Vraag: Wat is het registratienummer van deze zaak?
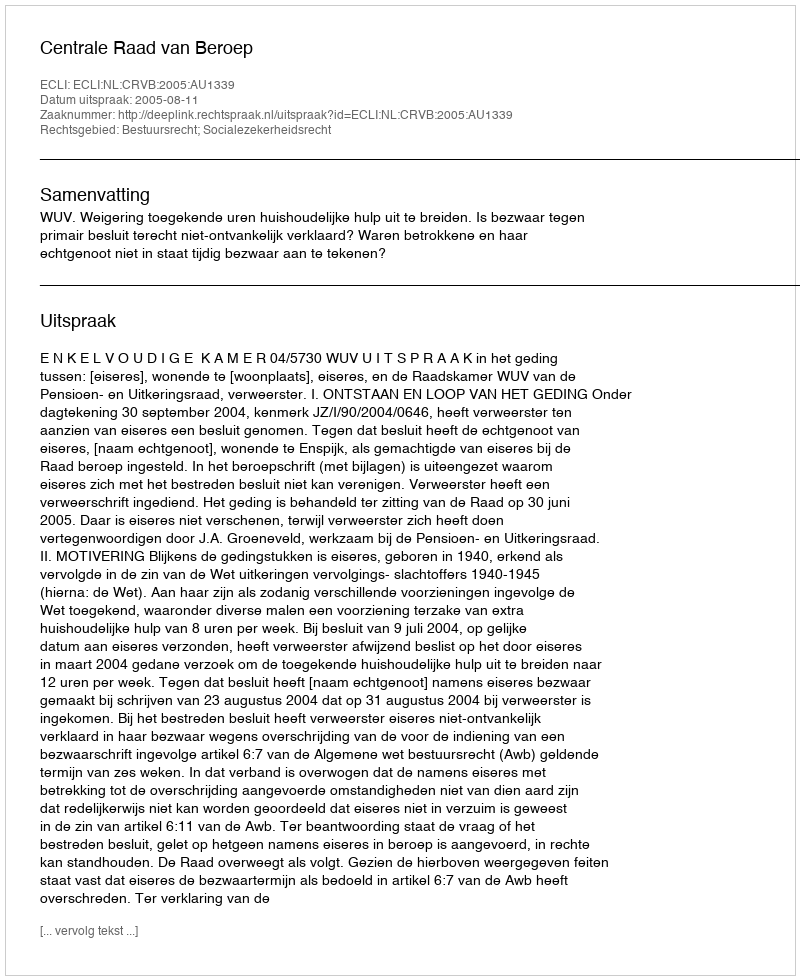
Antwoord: http://deeplink.rechtspraak.nl/uitspraak?id=ECLI:NL:CRVB:2005:AU1339